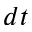
d t